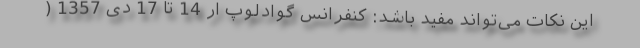
این نکات می‌تواند مفید باشد: کنفرانس گوادلوپ ار 14 تا 17 دی 1357 (